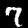
Digit: 7